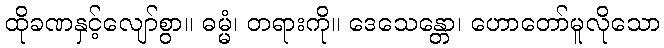
ထိုခဏနှင့်လျော်စွာ။ ဓမ္မံ၊ တရားကို။ ဒေသေန္တော၊ ဟောတော်မူလိုသော